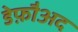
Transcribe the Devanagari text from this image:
डेफ़ौअद